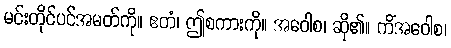
မင်းတိုင်ပင်အမတ်ကို။ ဧတံ၊ ဤစကားကို။ အဝေါစ၊ ဆို၏။ ကိံအဝေါစ၊